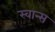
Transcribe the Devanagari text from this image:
स्वान्स